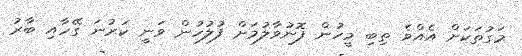
މަގުތަކަށް އެއްވެ ތިބި މީހުން ފޮނުވާލުމަށް ފުލުހުން ވަނީ ކަރުނަ ގޭހާއި ބާރު